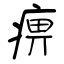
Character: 痹